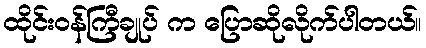
ထိုင်းဝန်ကြီချုပ် က ပြောဆိုလိုက်ပါတယ်။